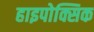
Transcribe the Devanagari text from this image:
हाइपोक्सिक